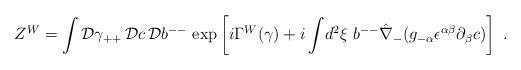
LaTeX: \begin{align*}Z^W= \int {\cal D} \gamma_{++} \, {\cal D}c \, {\cal D}b^{--} ~{\rm exp} \left [i \Gamma^W(\gamma) + i \int \! d^2 \xi ~b^{--}\hat\nabla_{-} (g_{- \alpha} \epsilon^{\alpha \beta}\partial_{\beta} c) \right ] ~.\end{align*}